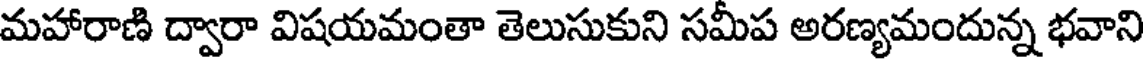
మహారాణి ద్వారా విషయమంతా తెలుసుకుని సమీప అరణ్యమందున్న భవాని